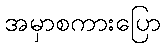
အမှာစကားပြော